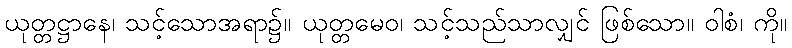
ယုတ္တဋ္ဌာနေ၊ သင့်သောအရာ၌။ ယုတ္တမေဝ၊ သင့်သည်သာလျှင် ဖြစ်သော။ ဝါစံ၊ ကို။